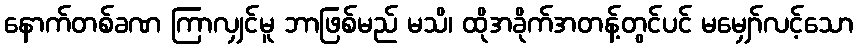
နောက်တစ်ခဏ ကြာလျှင်မူ ဘာဖြစ်မည် မသိ၊ ထိုအခိုက်အတန့်တွင်ပင် မမျှော်လင့်သော